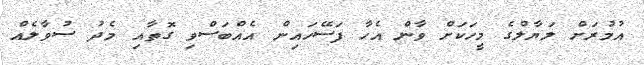
އުމުރަށް ލަޔާލްގެ މީހަކަށް ވާން އެހާ ފަސޭހައިން އެއްބަސްވި ގޮތާއި މެދު ސުވާލެއް